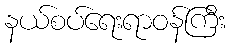
နယ်စပ်ရေးရာဝန်ကြီး